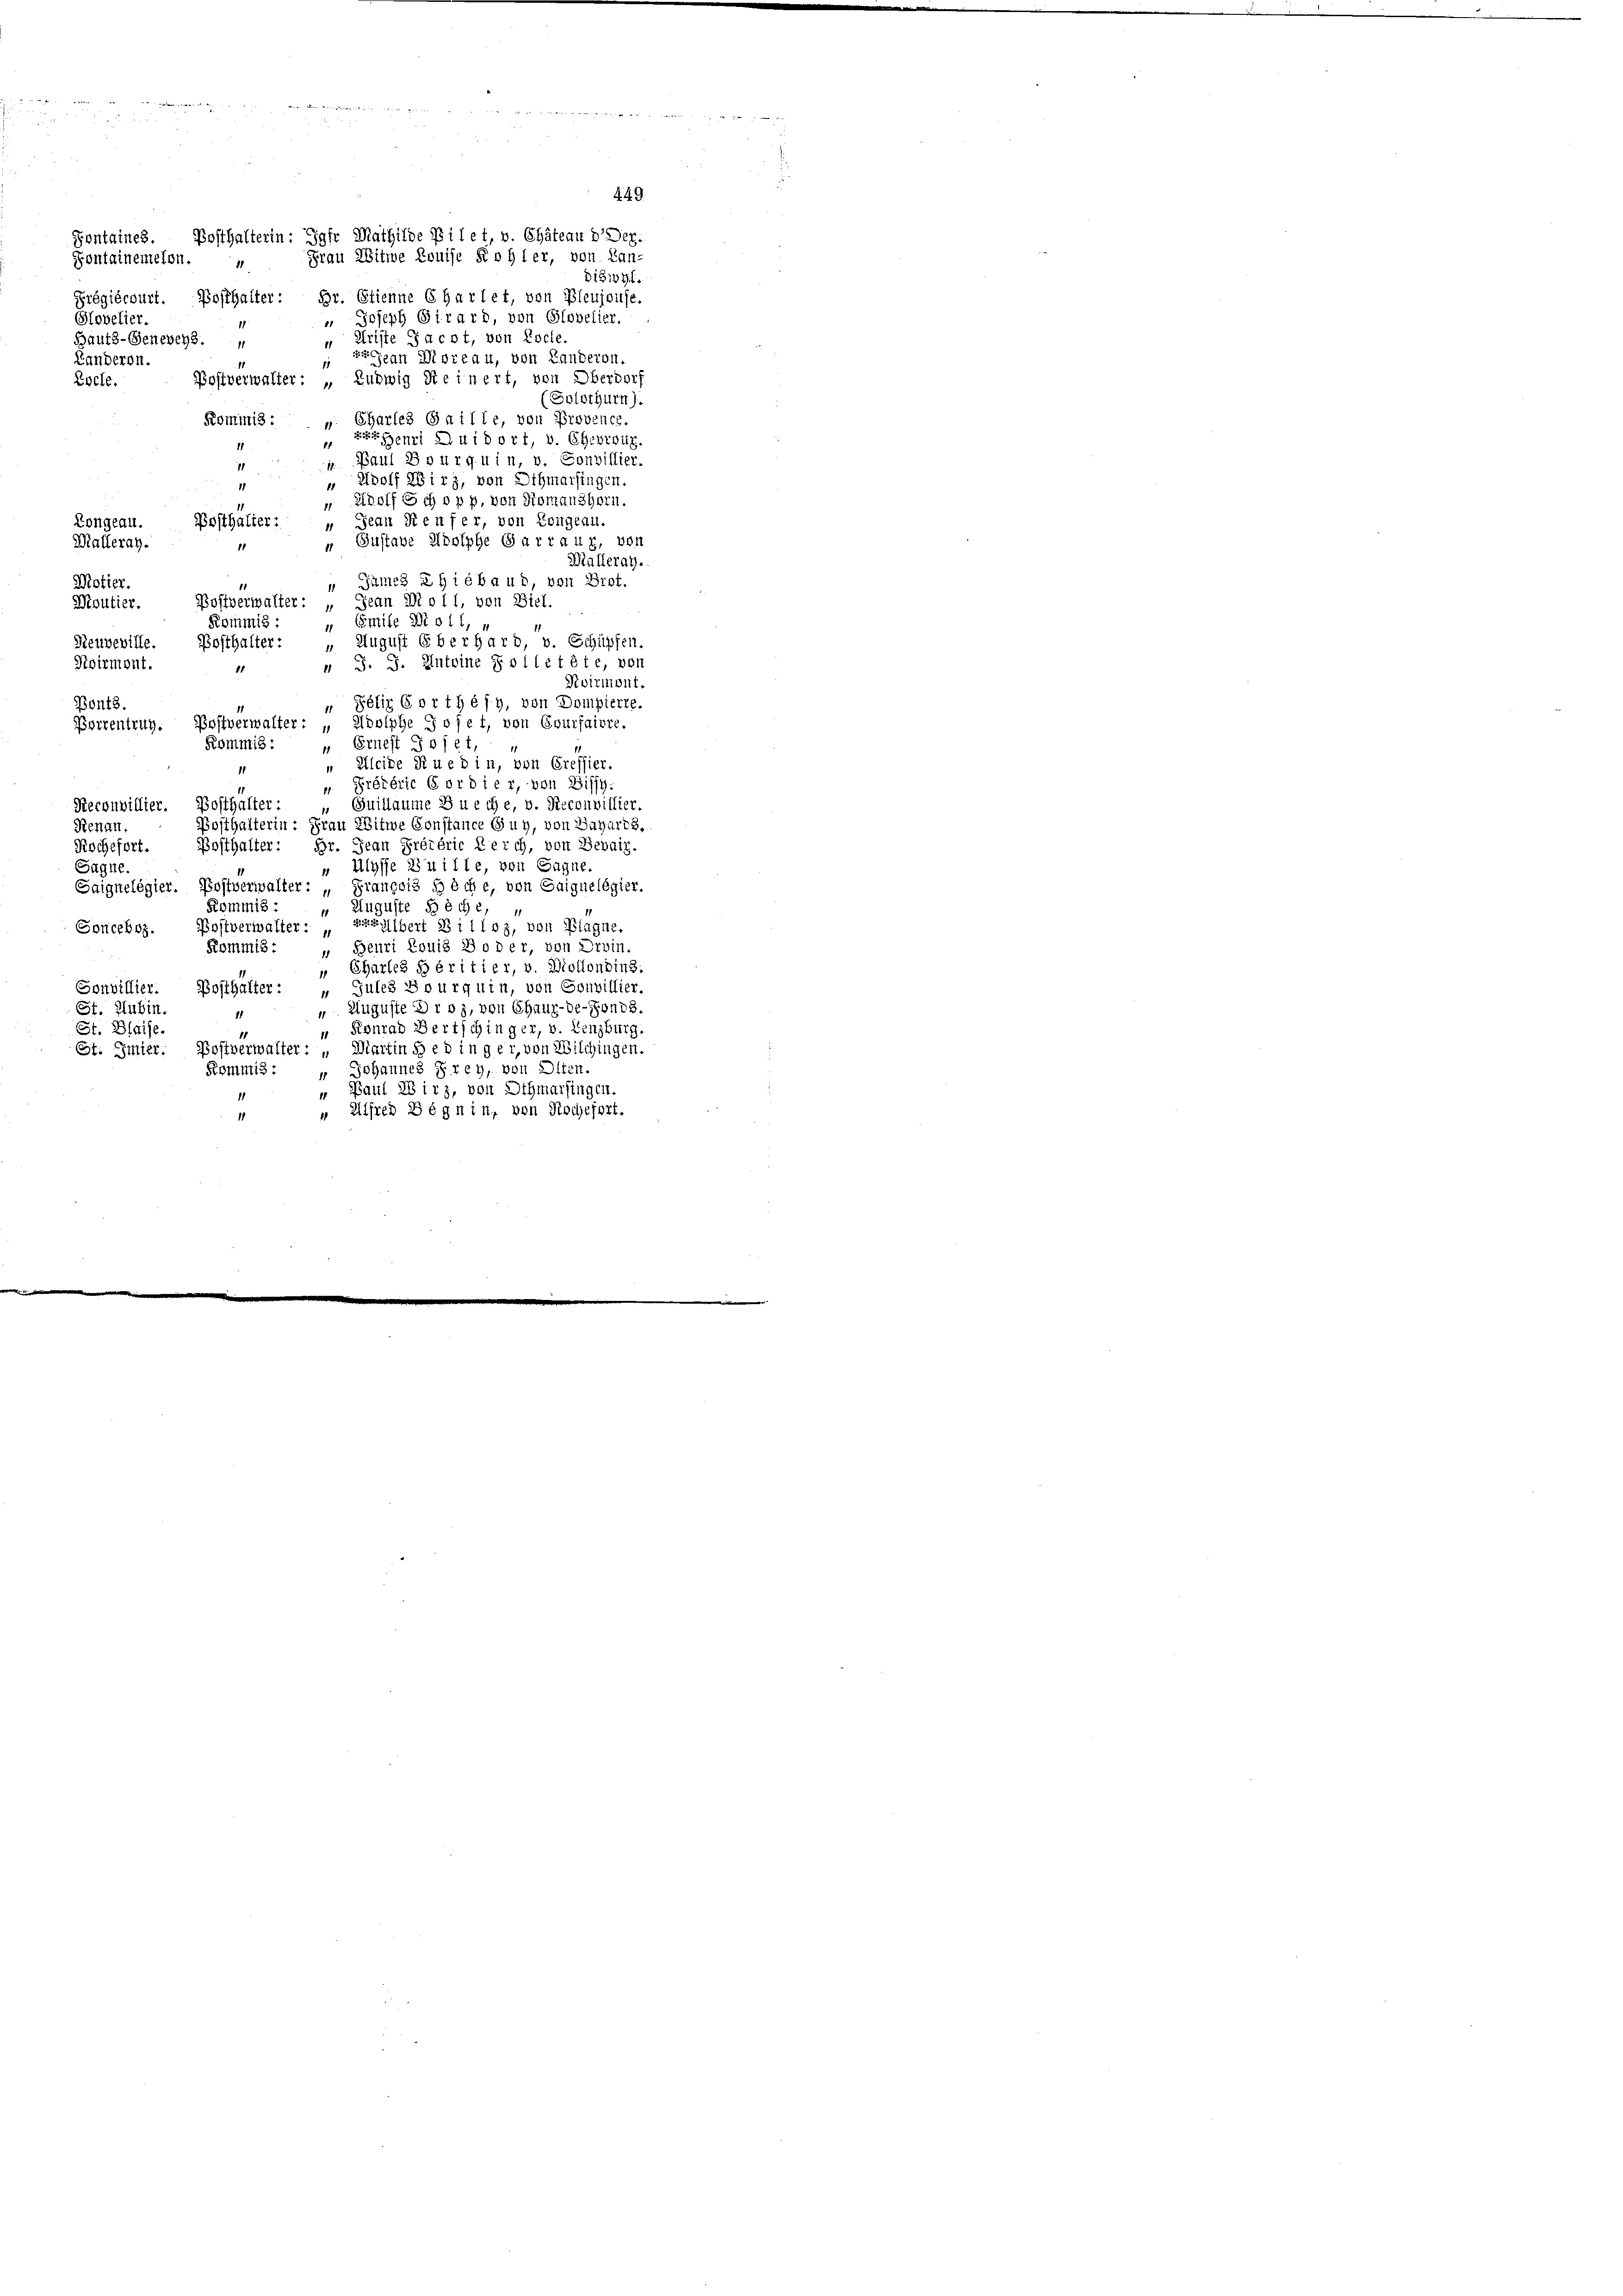
" Joseph Girard, von Glovelier.
Hoveller.
„ Kriste Jacot, von Loche
Hautz-Generey.
ze an Doreau, von Landeron.
Landeren.
11
Bostverwalter: „Ludwig Reinert, von Oberdorf
Loche.
(Solothurn).
Charles Guille, von Provence.
Kommis: Eigenri qui dort, v. Ehebroux
u. Paul Bourquin, v. Sonvillier.
11
" Adolf Wirz, von Othmarsingen.
11
" Wolf Schop p. von Romanshorn.
Posthalter:
Longeau.
 Jean Renfer, von Congeau.
Malleray.
 Gustaue Adolphe Gartaux, von
Malleray.
Motier.
 James Thiébaud, von Prot.
Moutier.
Postverwalter: „ Jean Dio 11, von Biel.
Kommis : „ Emile Bioll, u
osthalter: „August Eberhard, v. Schüpfen.
Neuveville.
 J. J. Antoine Rolletete, von
Roirmont.
11
Koirmont.
Bonts.
" Péliz 6 orthéfy, von Dompierte.
Borrentrug. Postverwalter: „Adolphe Jofet, von Courfaire.
Kommis: „ Ernest Jojet,
" Kleide Rued in, von Cressier.
“ Préférte 6 ordier, von Dissy-
Reconvillier. Posthalter:
 Guillaume Zueche, v. Recouvillier.
Posthalterin: Frau Witwe Constance Guy, von Baharts.
Renau,
Posthalter: Hr. Jean Prétérie Kerch, von Bebaiz.
Kochefort.
Ulysse zu ille, von Sagne.
Sagne.
Saignelégier. Postverwalter: „Grançois siche, von Saignelégier.
Kommis : „Auguste Bäche,
Goncebez. Postverwalter. Erhalbert Billoz, von Blagne.
Beuri Louis Boder, von Droin.
Kommis:
" Charles héritier, v. Molfondins.
Sonvillier. Bosthalter: „Jules Bourquin, von Sonvillier.
 Auguste Droz, von Chaux-de-Fonds.
St. Hubin.
11
Fionrad Bertschinger, v. Lenzburg
St. Blaise.
11
St: Imier. Bostverwalter: „Martin sed in ger, von Wilchingen.
Johannes Frey, von Olten.
Kommis:
v Paul Wirz, von Othmarfingen.
 Alfred Bégnin, von Rochefert.
1

Sontaines. Posthalterin: Jahr Mathilde Poilet, v. Chätean 2 Dez.
Fontainemelen.  Frau Witwe Rouise Kohler, von Lan-
Diswyl.
Prégiécourt. Bosthalter: Dr. Etienne 6 Harlet, von Bleujoufe.

449.